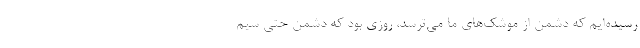
رسیده‌ایم که دشمن از موشک‌های ما می‌ترسد، روزی بود که دشمن حتی سیم